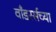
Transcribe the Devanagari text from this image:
वाँडरर्सच्या